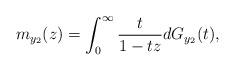
LaTeX: \begin{align*}m_{y_2}(z)=\int_0^\infty\frac{t}{1-tz}dG_{y_2}(t),\end{align*}